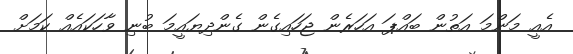
އެއީ މަންމަ އަތުން ބައްޕަ އަހަރެން ޖަހައިގެން ގެންދިޔައީމަ ބުނި ވާހަކައެއް ކަމަށް